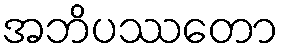
အဘိပဿတော